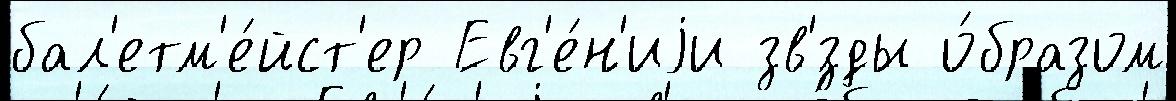
бал'етм'е́йст'ер Евг'е́н'иjи зв'́зды о́бразом